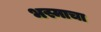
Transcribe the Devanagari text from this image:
भस्माचा